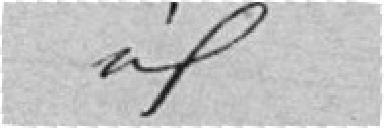
idem